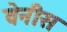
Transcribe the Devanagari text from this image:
वेनीस